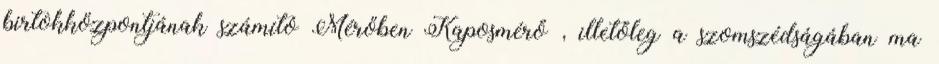
birtokközpontjának számító Mérőben Kaposmérő , illetőleg a szomszédságában ma